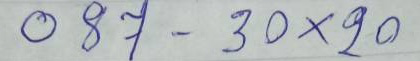
087 - 30 x 20